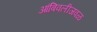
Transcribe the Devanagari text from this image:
आंबिवलीजवळ